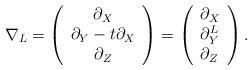
LaTeX: \begin{align*} \nabla_L = \left( \begin{array}{c} \partial_X \\ \partial_Y - t \partial_X \\ \partial_Z \end{array} \right) = \left( \begin{array}{l} \partial_X \\ \partial_Y^L \\ \partial_Z \end{array} \right).\end{align*}